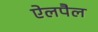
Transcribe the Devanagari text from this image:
ऐलपैल